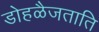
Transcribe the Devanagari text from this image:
डोहळैजताति